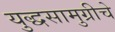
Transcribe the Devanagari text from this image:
युद्धसामुग्रीचे